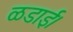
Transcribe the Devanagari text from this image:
ळडाई।